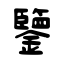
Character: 鑒